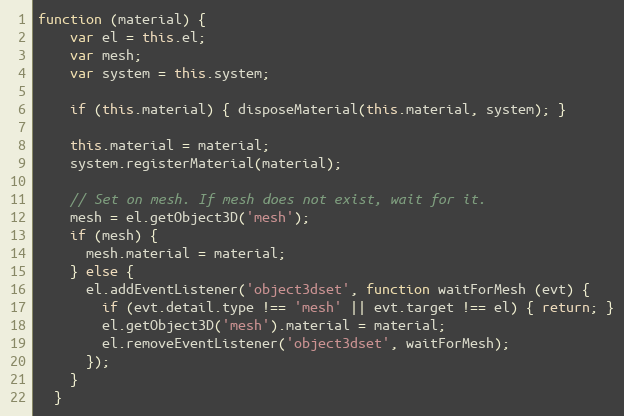
Language: JavaScript
function (material) {
    var el = this.el;
    var mesh;
    var system = this.system;

    if (this.material) { disposeMaterial(this.material, system); }

    this.material = material;
    system.registerMaterial(material);

    // Set on mesh. If mesh does not exist, wait for it.
    mesh = el.getObject3D('mesh');
    if (mesh) {
      mesh.material = material;
    } else {
      el.addEventListener('object3dset', function waitForMesh (evt) {
        if (evt.detail.type !== 'mesh' || evt.target !== el) { return; }
        el.getObject3D('mesh').material = material;
        el.removeEventListener('object3dset', waitForMesh);
      });
    }
  }